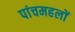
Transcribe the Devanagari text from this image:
पांचमहलों